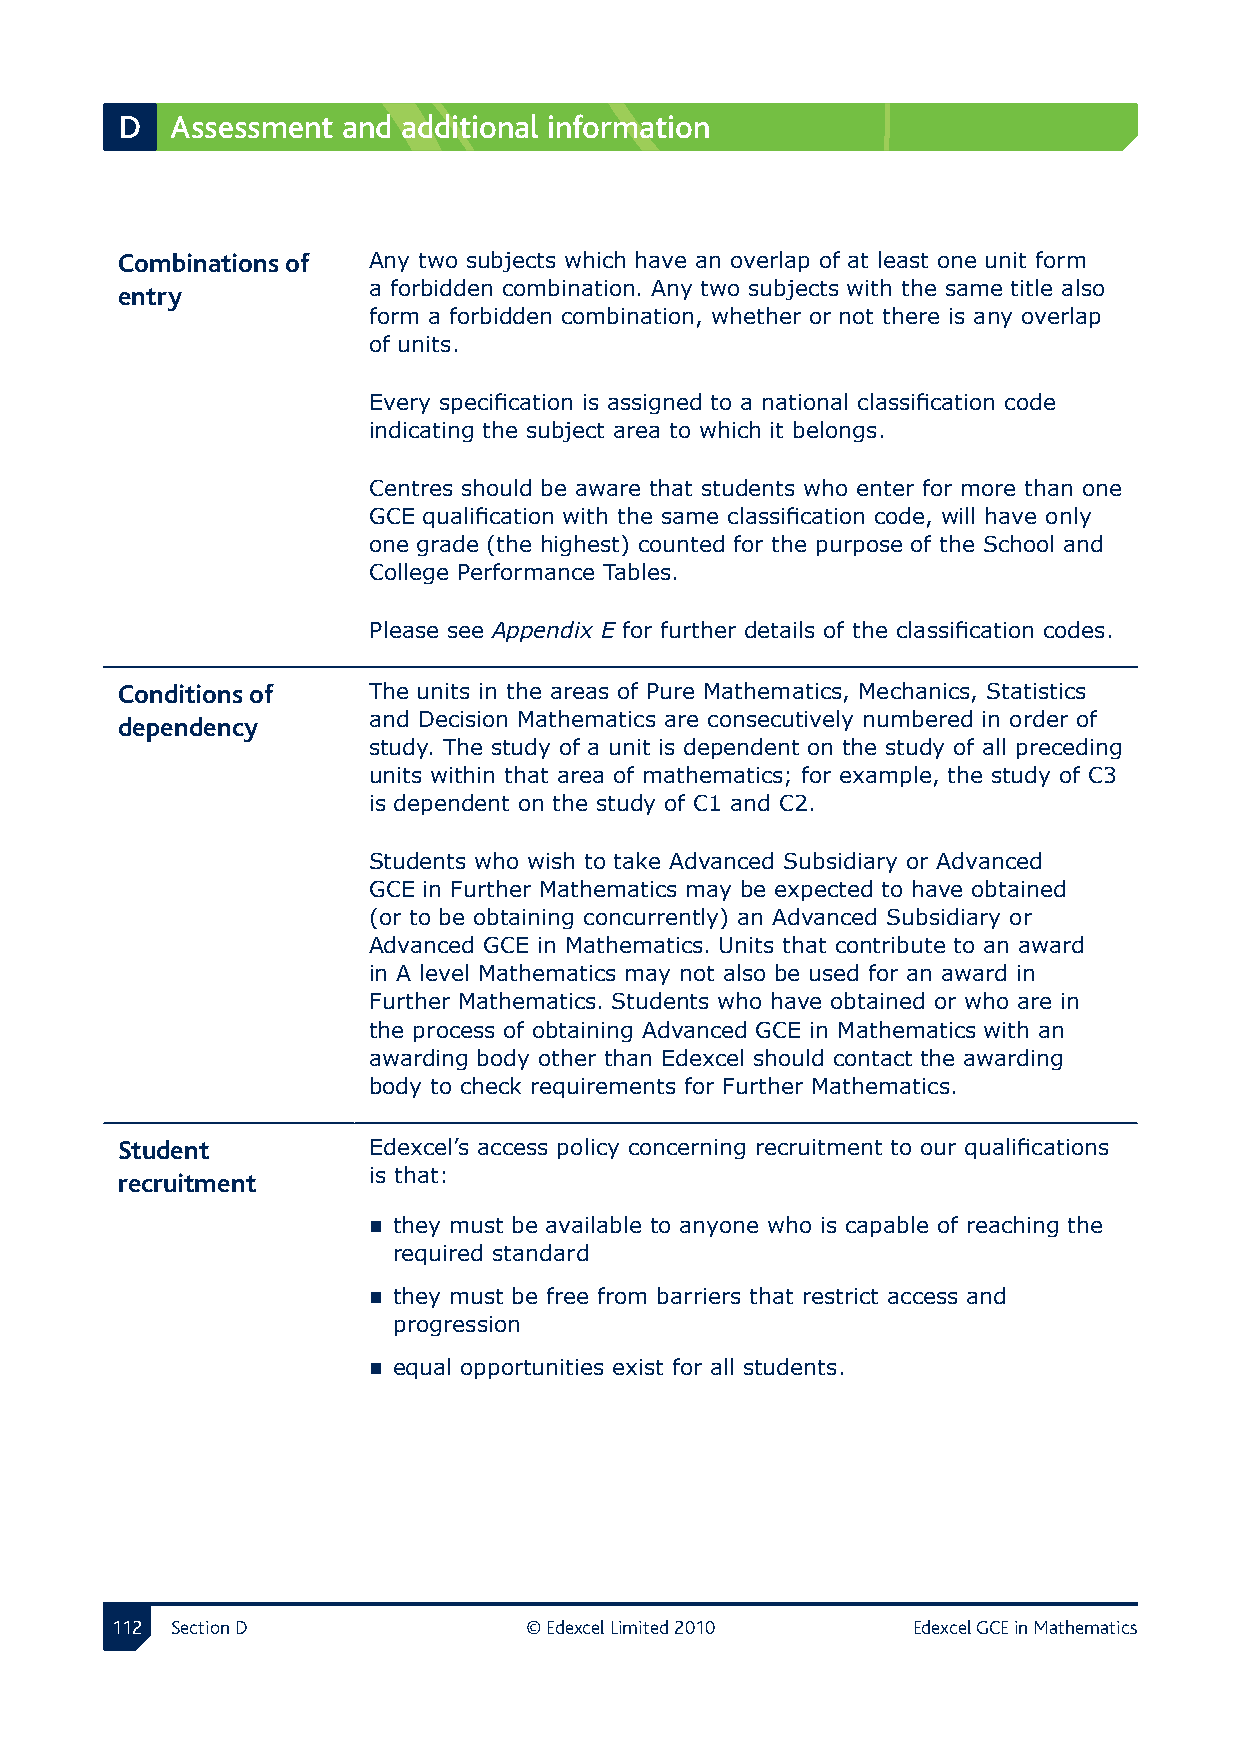
D  Assessment  and additional information
 Combinations of  Any two subjects which have an overlap of at least one unit form
 entry           a forbidden combination. Any two subjects with the same title also
 form a forbidden combination, whether or not there is any overlap
 of units.
 Every specification is assigned to a national classification code
 indicating the subject area to which it belongs.
 Centres should be aware that students who enter for more than one
 GCE qualification with the same classification code, will have only
 one grade (the highest) counted for the purpose of the School and
 College Performance Tables.
 Please see Appendix E for further details of the classification codes.
 Conditions of  The units in the areas of Pure Mathematics, Mechanics, Statistics
 dependency      and Decision Mathematics are consecutively numbered in order of
 study. The study of a unit is dependent on the study of all preceding
 units within that area of mathematics; for example, the study of C3
 is dependent on the study of C1 and C2.
 Students who wish to take Advanced Subsidiary or Advanced
 GCE in Further Mathematics may be expected to have obtained
 (or to be obtaining concurrently) an Advanced Subsidiary or
 Advanced GCE in Mathematics. Units that contribute to an award
 in A level Mathematics may not also be used for an award in
 Further Mathematics. Students who have obtained or who are in
 the process of obtaining Advanced GCE in Mathematics with an
 awarding body other than Edexcel should contact the awarding
 body to check requirements for Further Mathematics.
 Student        Edexcel’s access policy concerning recruitment to our qualifications
 recruitment     is that:
  they must be available to anyone who is capable of reaching the
 required standard
  they must be free from barriers that restrict access and
 progression
  equal opportunities exist for all students.
 112 Section D               © Edexcel Limited 2010   Edexcel GCE in Mathematics